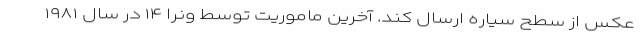
عکس از سطح سیاره ارسال کند. آخرین ماموریت توسط ونرا ۱۴ در سال ۱۹۸۱